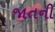
જાતની